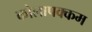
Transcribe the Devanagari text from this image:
कोलापक्कम